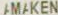
AMAKEN